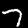
Digit: 7